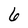
Character: 6